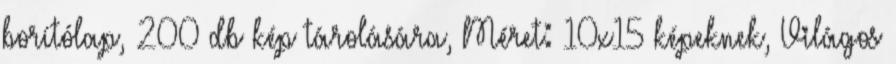
borítólap, 200 db kép tárolására, Méret: 10x15 képeknek, Világos